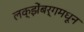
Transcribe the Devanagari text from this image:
लक्झेंबर्गमधून